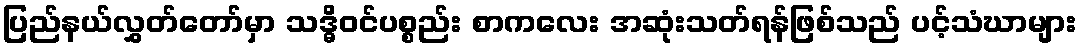
ပြည်နယ်လွှတ်တော်မှာ သဒ္ဓိဝင်ပစ္စည်း စာကလေး အဆုံးသတ်ရန်ဖြစ်သည် ပင့်သံဃာများ